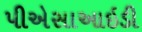
પીએસાઆઇડી